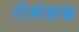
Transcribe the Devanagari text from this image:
रोमंसक